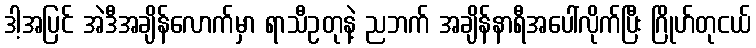
ဒါ့အပြင် အဲဒီအချိန်လောက်မှာ ရာသီဥတုနဲ့ ညဘက် အချိန်နာရီအပေါ်လိုက်ပြီး ဂြိုဟ်တုငယ်